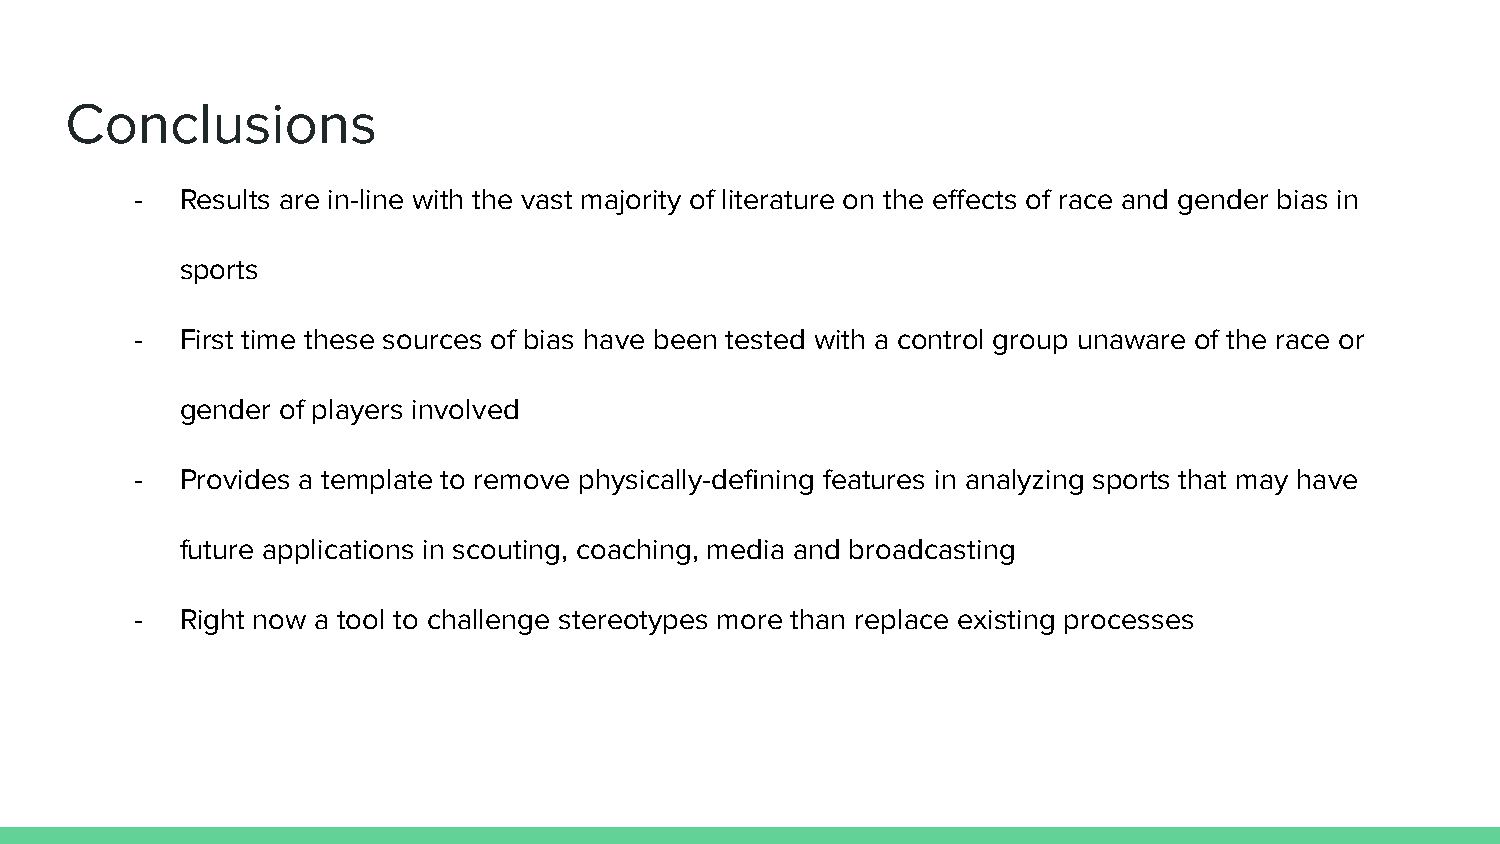
Conclusions
 -  Results are in-line with the vast majority of literature on the effects of race and gender bias in
 sports
 -  First time these sources of bias have been tested with a control group unaware of the race or
 gender of players involved
 -  Provides a template to remove physically-defining features in analyzing sports that may have
 future applications in scouting, coaching, media and broadcasting
 -  Right now a tool to challenge stereotypes more than replace existing processes